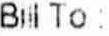
BILL TO :